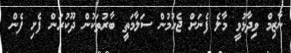
ނާޒިމް ވިދާޅުވީ މާލެ ފެނަށް ޖެހުމުން ސަލާމަތީ ބާރުތަކުން ދޫކުރަން ފެށި ފެން